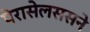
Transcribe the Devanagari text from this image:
पेरासेलससने